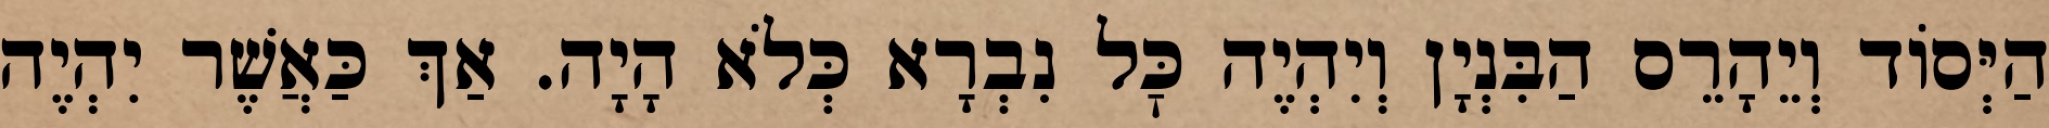
הַיְּסוֹד וְיֵהָרֵס הַבִּנְיָן וְיִהְיֶה כׇּל נִבְרָא כְּלֹא הָיָה. אַךְ כַּאֲשֶׁר יִהְיֶה